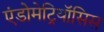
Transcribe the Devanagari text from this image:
एंडोमेट्रियॉसिस